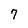
Character: 7